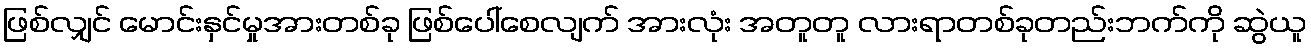
ဖြစ်လျှင် မောင်းနှင်မှုအားတစ်ခု ဖြစ်ပေါ်စေလျက် အားလုံး အတူတူ လားရာတစ်ခုတည်းဘက်ကို ဆွဲယူ